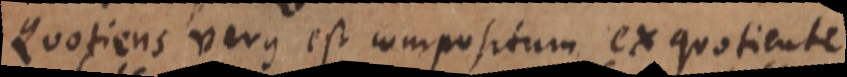
Quotiens verus est compositum ex quotiente